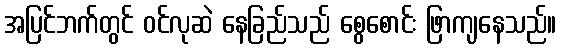
အပြင်ဘက်တွင် ဝင်လုဆဲ နေခြည်သည် စွေစောင်း ဖြာကျနေသည်။